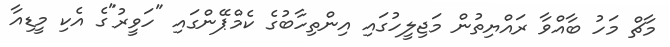
މާޗް މަހު ބާއްވާ ރައްޔިތުން މަޖިލީހުގައި އިންތިހާބުގެ ކެމްޕޭންގައި "ހަވީރު"ގެ އެކި މީޑިއާ